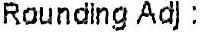
ROUNDING ADJ :